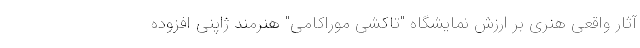
آثار واقعی هنری بر ارزش نمایشگاه "تاکشی موراکامی" هنرمند ژاپنی افزوده